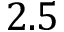
2 . 5